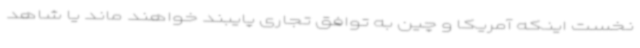
نخست اینکه آمریکا و چین به توافق تجاری پایبند خواهند ماند یا شاهد